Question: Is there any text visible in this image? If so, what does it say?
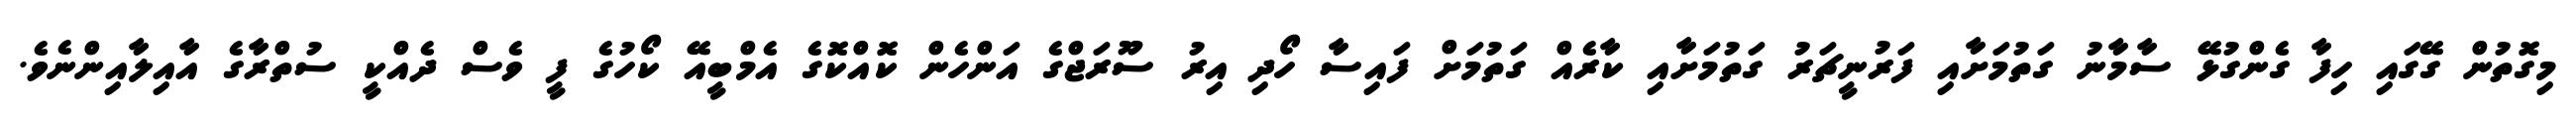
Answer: މިގޮތުން ގޭގައި ހިފާ ގެންގުޅޭ ސާމާނު ގަތުމަށާއި ފަރުނީޗަރު ގަތުމަށާއި ކާރެއް ގަތުމަށް ފައިސާ ހޯދި އިރު ސޫރަޖްގެ އަންހެން ކޮއްކޮގެ އެމްބީއޭ ކޯހުގެ ފީ ވެސް ދެއްކީ ސުތްރާގެ އާއިލާއިންނެވެ.